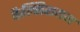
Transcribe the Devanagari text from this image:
कैल्सिशयम